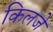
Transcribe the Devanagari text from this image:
किलजे